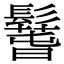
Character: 𩯐